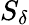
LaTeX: S_{\delta}